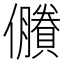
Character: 𠑇